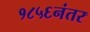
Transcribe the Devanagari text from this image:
१८५६नंतर